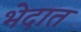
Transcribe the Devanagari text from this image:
भेदात